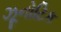
ઝૂનોટિક